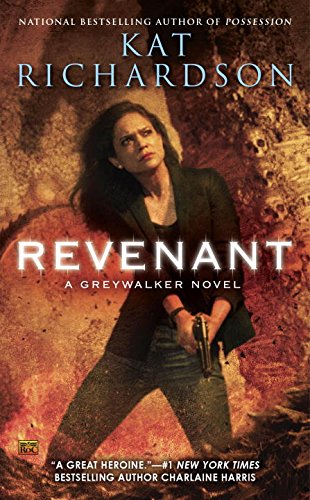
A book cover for Revenant: A Greywalker Novel; Kat Richardson; Science Fiction & Fantasy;